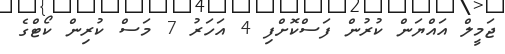
ޖަމީލް އައްޔަން ކުރުން ފަސްކޮށްފި 4 އަހަރު 7 މަސް ކުރިން ކޯޓްގެ